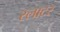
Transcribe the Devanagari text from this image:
स्लाटर